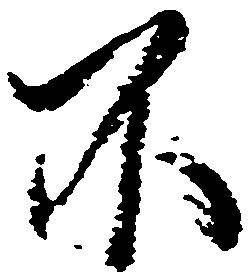
不